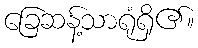
ခြေဆန့်သာရုံရှိ၏။